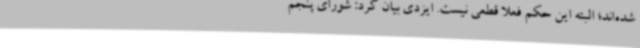
شده‌اند؛ البته این حکم فعلا قطعی نیست. ایزدی بیان کرد: شورای پنجم